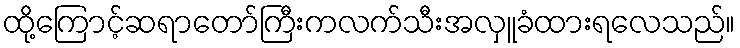
ထို့ကြောင့်ဆရာတော်ကြီးကလက်သီးအလှူခံထားရလေသည်။